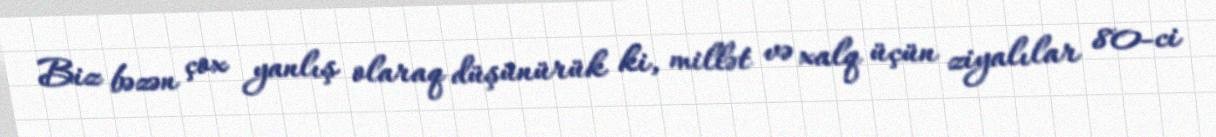
Biz bəzən çox yanlış olaraq düşünürük ki, millət və xalq üçün ziyalılar 80-ci